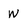
Character: N